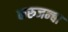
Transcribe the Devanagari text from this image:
करुजन्बा